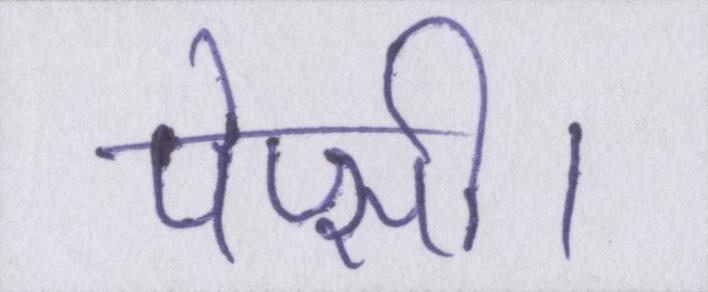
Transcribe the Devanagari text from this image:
पेप्सी।